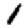
Digit: 1